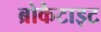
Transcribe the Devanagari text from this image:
ब्रोकैटाइट